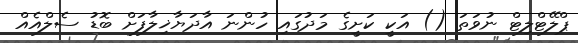
ޕްލޭޓްލިޓް ނުވަތަ () އަކީ ކަށީގެ މަދުގައި ހުންނަ އާދަޔާޚިލާފަށް ބޮޑު ސެލްއެއް